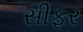
સીફર